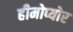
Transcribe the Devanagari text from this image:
हीमोप्योर